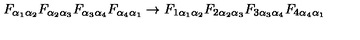
{ F _ { \alpha _ { 1 } \alpha _ { 2 } } } { F _ { \alpha _ { 2 } \alpha _ { 3 } } } { F _ { \alpha _ { 3 } \alpha _ { 4 } } } { F _ { \alpha _ { 4 } \alpha _ { 1 } } } \rightarrow { F _ { 1 \alpha _ { 1 } \alpha _ { 2 } } } { F _ { 2 \alpha _ { 2 } \alpha _ { 3 } } } { F _ { 3 \alpha _ { 3 } \alpha _ { 4 } } } { F _ { 4 \alpha _ { 4 } \alpha _ { 1 } } }